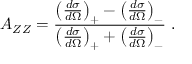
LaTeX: A _ { Z Z } = \frac { \left( \frac { d \sigma } { d \Omega } \right) _ { + } - \left( \frac { d \sigma } { d \Omega } \right) _ { - } } { \left( \frac { d \sigma } { d \Omega } \right) _ { + } + \left( \frac { d \sigma } { d \Omega } \right) _ { - } } \, \, .